Report of an investigation of the epidemic of malarial fever in Assam, or, kala-azar
Disease focus: Malaria
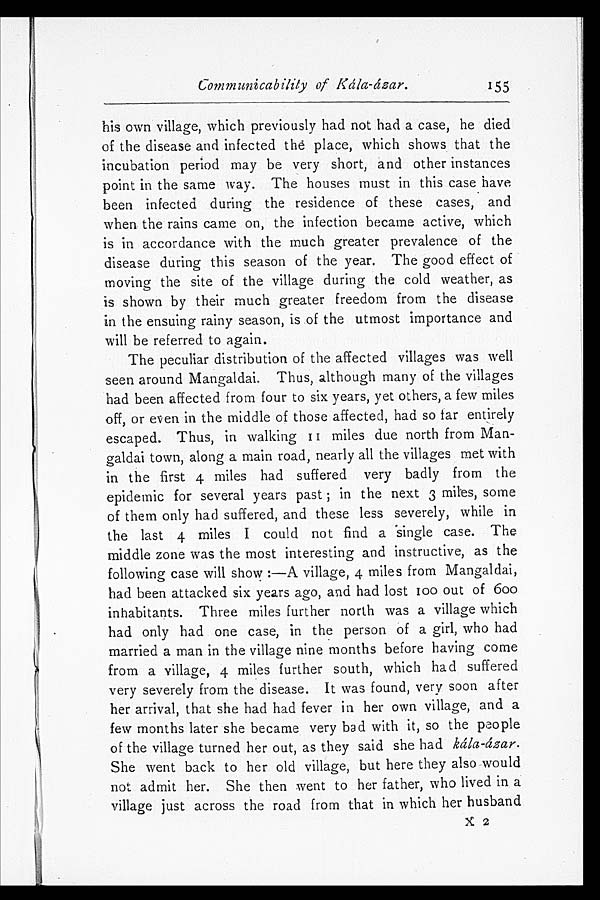
Communicability of kála-ázar.
155
his own village, which previously had not had a case, he died
of the disease and infected the place, which shows that the
incubation period may be very short, and other instances
point in the same way. The houses must in this case have
been infected during the residence of these cases, and
when the rains came on, the infection became active, which
is in accordance with the much greater prevalence of the
disease during this season of the year. The good effect of
moving the site of the village during the cold weather, as
is shown by their much greater freedom from the disease
in the ensuing rainy season, is of the utmost importance and
will be referred to again.
The peculiar distribution of the affected villages was well
seen around Mangaldai. Thus, although many of the villages
had been affected from four to six years, yet others, a few miles
off, or even in the middle of those affected, had so far entirely
escaped. Thus, in walking 11 miles due north from Man
- g a l d a i t o w n , a l o n g a m a i n r o a d , n e a r l y a l l t h e v i l l a g e s m e t w i t h
in the first 4 miles had suffered very badly from the
epidemic for several years past; in the next 3 miles, some
of them only had suffered, and these less severely, while in
the last 4 miles I could not find a single case. The
middle zone was the most interesting and instructive, as the
following case will show:—A village, 4 miles from Mangaldai,
had been attacked six years ago, and had lost 100 out of 600
inhabitants. Three miles further north was a village which
had only had one case, in the person of a girl, who had
married a man in the village nine months before having come
from a village, 4 miles further south, which had suffered
very severely from the disease. It was found, very soon after
her arrival, that she had had fever in her own village, and a
few months later she became very bad with it, so the people
of the village turned her out, as they said she had kála-ázar.
She went back to her old village, but here they also would
not admit her. She then went to her father, who lived in a
village just across the road from that in which her husband
X 2